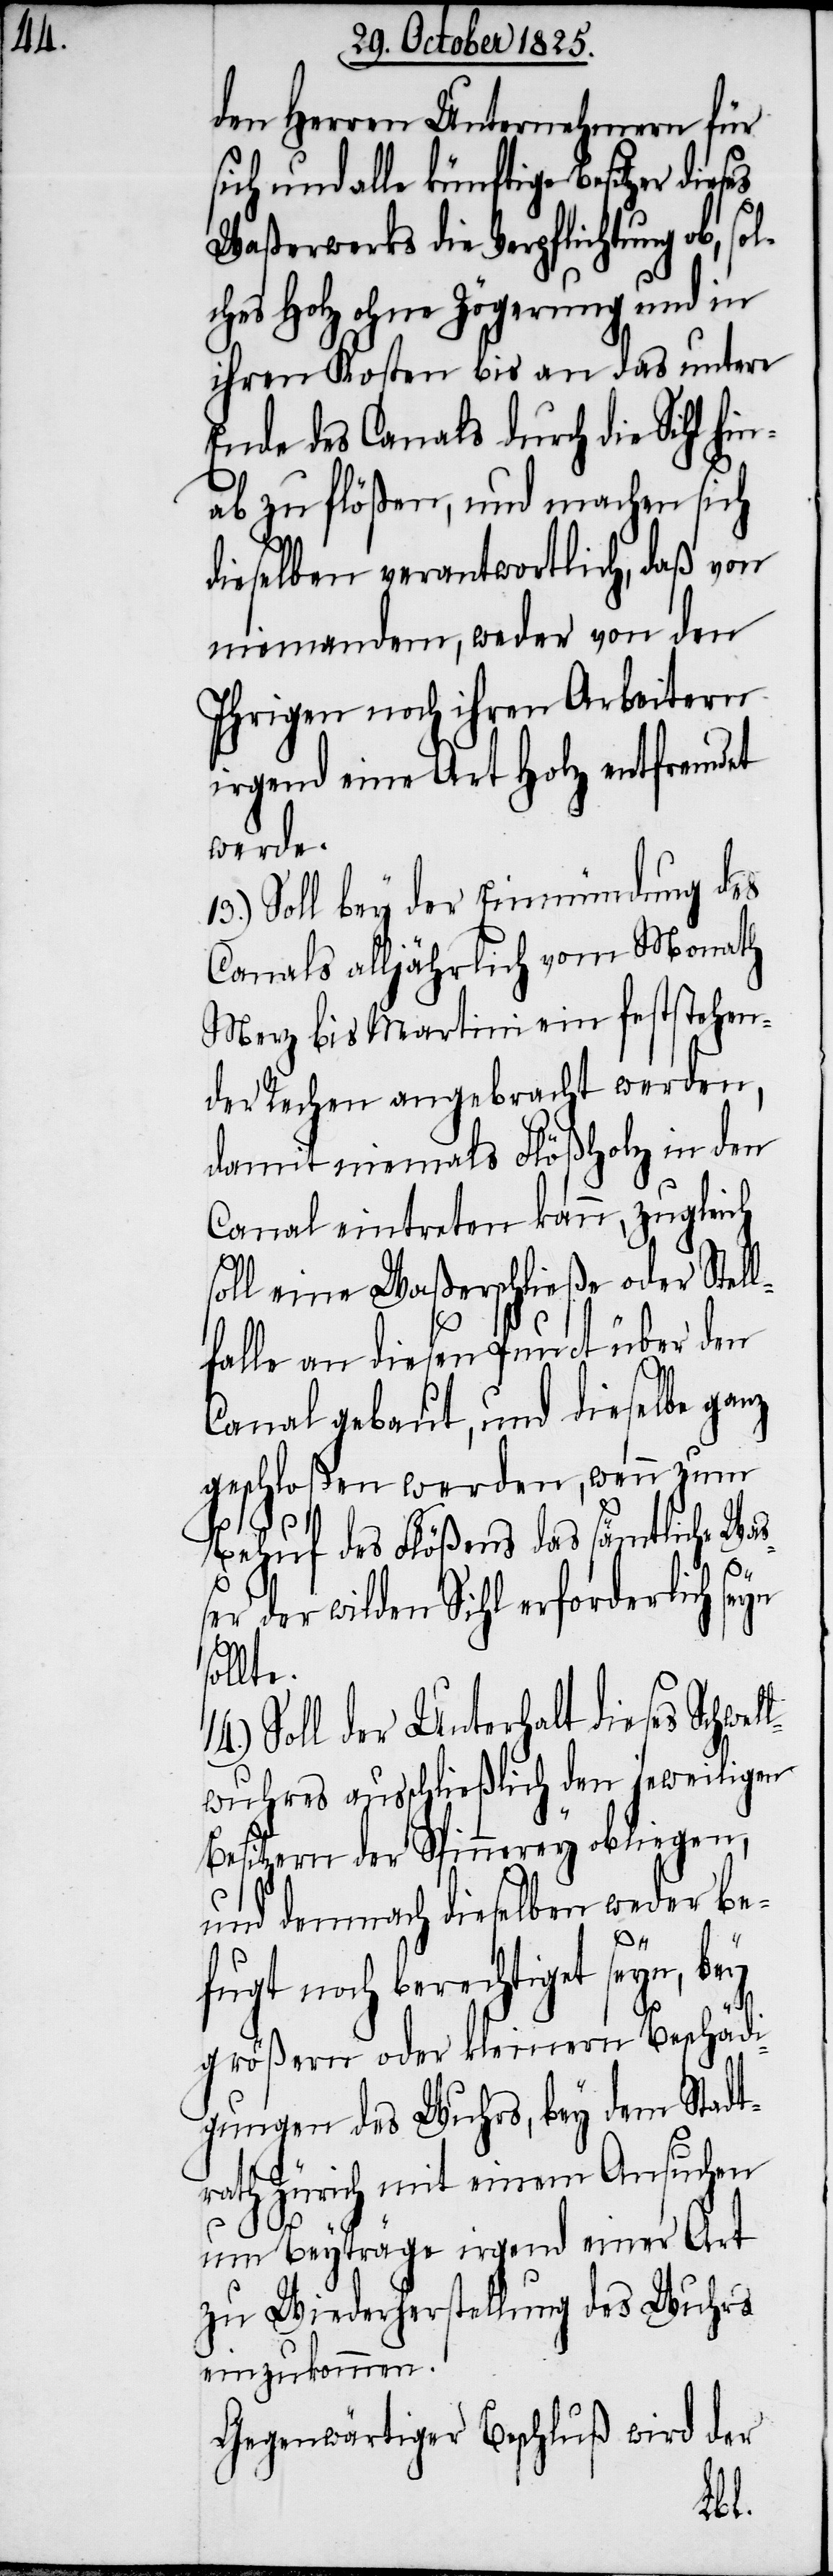
den Herren Unternehmern für
ich und alle künftige Besitzer
Waßerwerks die Verpflichtung ob,
ches Holz ohne Zögerung und in
ihren Kosten bis an das untere
Ende des Canals durch die Sihl hi¬
nab zu flößen, und machen sich
dieselben verantwortlich, daß von
niemandem, weder von den
Ihrigen noch ihren Arbeitern
irgend eine Art Holz entfremdet
werde.
13.) Soll bey der Einmündung des
Canals alljährlich vom Monath
Merz bis Martini ein feststehen¬
der Rechen angebracht werden,
damit niemals Flößholz in den
Canal eintreten kann, zugleich
soll eine Waßerschließe oder Stell¬
falle an diesen Punct über den
Canal gebaut, und dieselbe ganz
geschloßen werden, wenn zum
Behuf des Flößens das sämtliche Was¬
ser der wilden Sihl erforderlich seyn
sollte.
Soll der Unterhalt dieses Schwel¬
lwuhres ausschließlich den jeweiligen
Besitzern der Spinnerey obliegen,
und demnach dieselben weder be¬
fugt noch berechtiget seyn, bey
größern oder kleinern Beschädi¬
gungen des Wuhrs, bey dem Stadt¬
rath Zürich mit einem Ansuchen
s¬
um Beyträge irgend einer Art
zu Wiederherstellung des Wuhrs
einzukommen.
Gegenwärtiger Beschluß wird der
sol¬